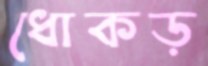
ধোকড়